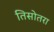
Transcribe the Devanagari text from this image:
तिसोतरा